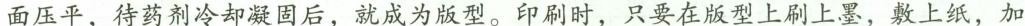
面压平，待药剂冷却凝固后，就成为版型。印刷时，只要在版型上刷上墨，敷上纸，加